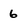
Character: 6